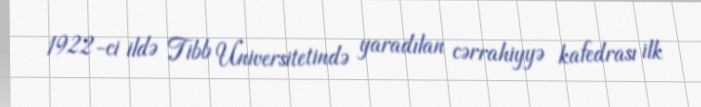
1922-ci ildə Tibb Universitetində yaradılan cərrahiyyə kafedrası ilk